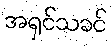
အရှင်သခင်